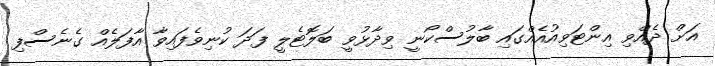
އަށް ދެއްވި އިންޓަވިއުއެއްގައި ބާލުސްކޯނީ ވިދާޅުވީ ބަލޮޓެލީ ފަދަ ކުނިވެފައިވާ އާފަލެއް ގެނެސްފި